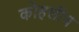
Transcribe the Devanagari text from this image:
कोहलीच